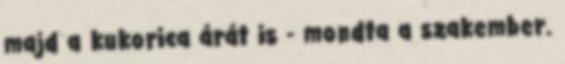
majd a kukorica árát is - mondta a szakember.